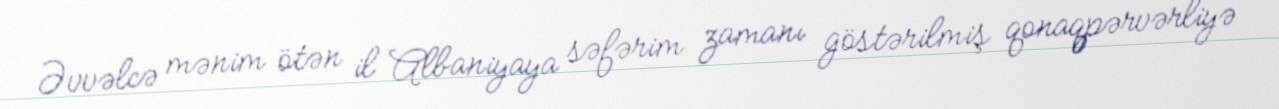
Əvvəlcə mənim ötən il Albaniyaya səfərim zamanı göstərilmiş qonaqpərvərliyə